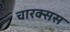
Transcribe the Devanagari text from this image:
चारक्सस